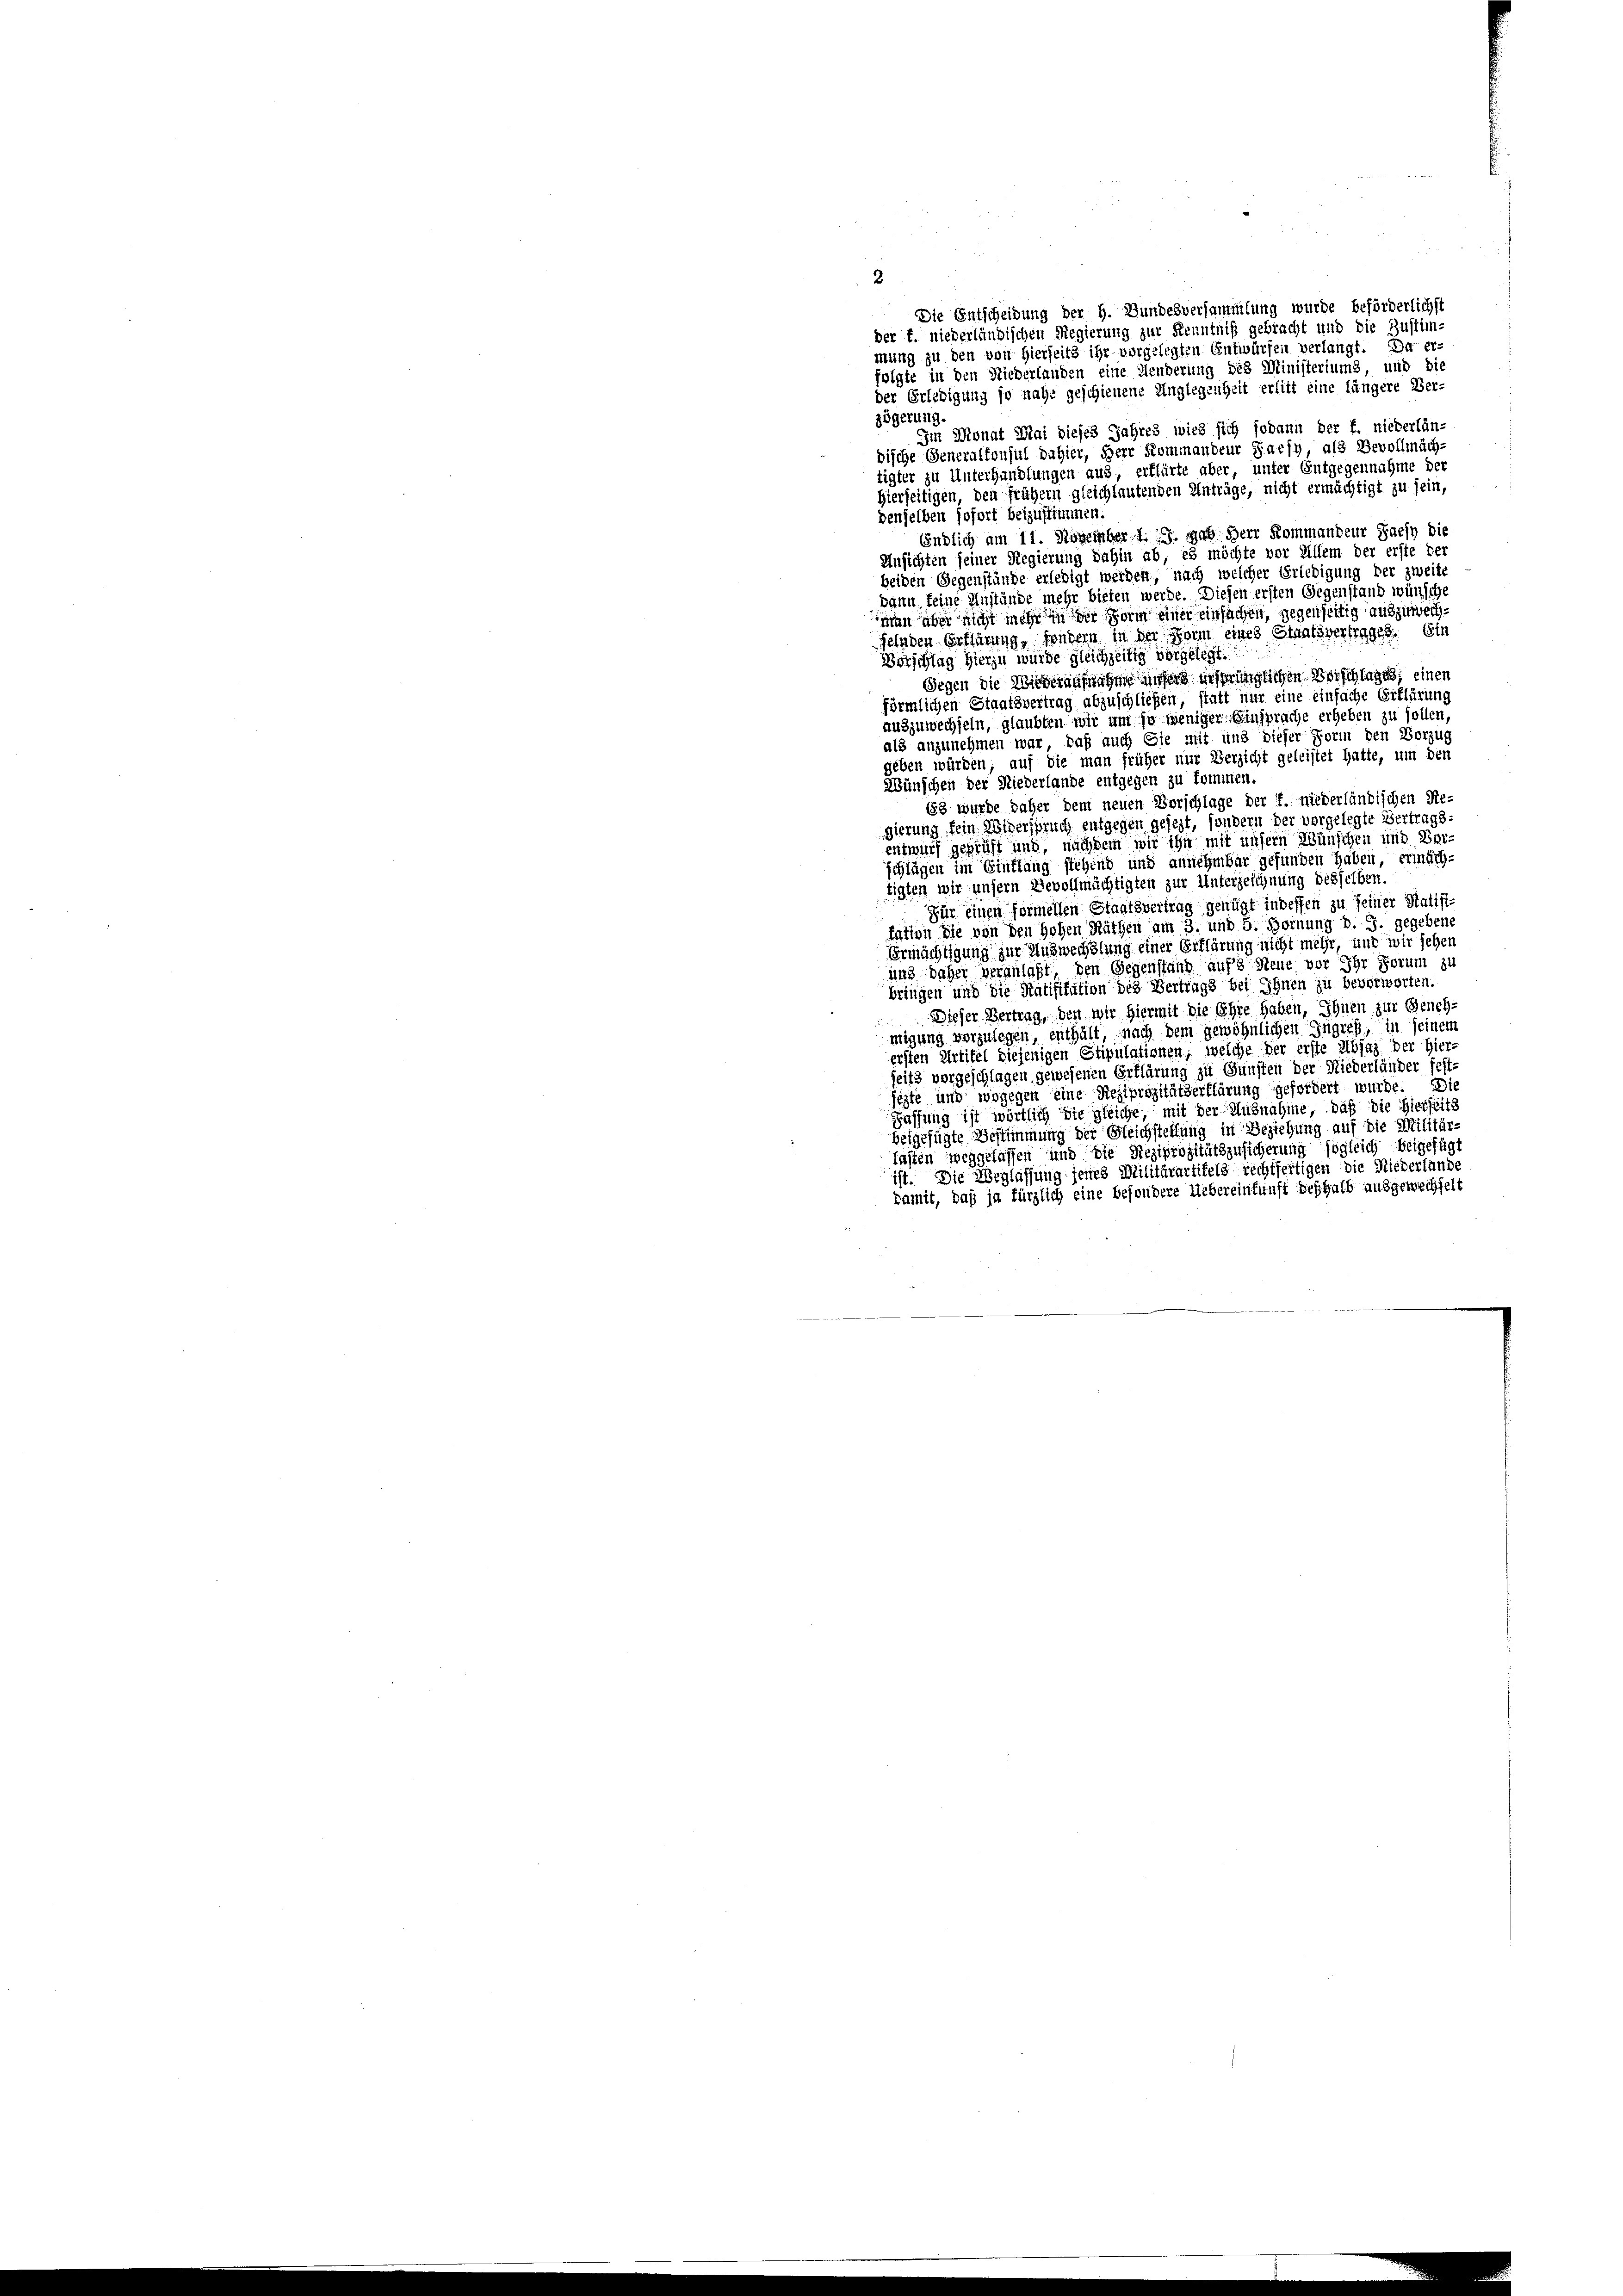
2
Die Entscheidung der H. Bundesversammlung wurde beförderlichst
der f. niederländischen Regierung zur Kenntniß gebracht und die Zustim-
mung zu den von Hierseits ihr vorgelegten Entwürfen verlangt. Du er-
folgte in den Niederlanden eine Menderung des Ministeriums, und die
der Erledigung so nahe geschienene Unglegenheit erlitt eine längere Ver-
zögerung.
Im Monat Mai dieses Jahres wied sich sodann der f. niederländische Generalkonsul dahier, Herr Kommandeur Jaesy, als Bevollmäch-
tigter zu Unterhandlungen aus, erklärte aber, unter Entgegennahme der
Hierseitigen, den früher gleichlautenden Anträge, nicht ermächtigt zu sein,
denselben sofort beizustimmen:
Endlich am 11. November d. 19. gab. Herr Kommandeur Jaefy die
Ansichten seiner Regierung dahin ab, es möchte vor Allem der erste der
beiden Gegenstände erledigt werden, nach welcher Erledigung der zweite
dann keine Anstände mehr bieten werde. Diesen ersten Gegenstand wünscht
man aber nicht mehr in der vor einer einfachen, gegenseitig auszuwechselnden Erklärung, sondern in der Form eines Staatsvertrages Ein
Borschlag hierzu wurde gleichzeitig vorgelegt.
Gegen die Wiederaufnahme unsers insprünglichen Vorschlages, einen
förmlichen Staatsvertrag abzuschließen, statt nur eine einfache Erklärung
auszuwechseln, glaubten wir um so weniger Einsprache erheben zu sollen,
als anzunehmen war, daß auch Sie mit und dieser Form den Vorzug
geben würden; auf die man früher nur Verzicht geleistet hatte, um den
Wünschen der Niederlande entgegen zu kommen.
68 wurde daher dem neuen Vorschlage der f. niederländischen Re-
gierung fein Widerspruch entgegen gelegt, sondern der vorgelegte Vertragsentwurf geprüft und, nachdem wir ihn mit unsern Wünschen und Verschlägen im Einflang stehend und annehmbar gefunden haben, ermäch-
tigten wir unsern Bevollmächtigten zur Unterzeichnung desselben.
Für einen formellen Staatsvertrag genügt indessen zu seiner Statist
fation die von den Hohen Räthen am 3. und 5. Hornung d. J. gegebene
Ermächtigung zur Auswechslung einer Erklärung nicht mehr, und wir sehen
und daher veranlaßt, den Gegenstand aufs Neue vor Ihr Forum zu
bringen und die Ratifikation des Vertrags bei Ihnen zu bevorworten.
Dieser Vertrag, den wir hiermit die Ehre haben, Ihnen zur Geneh
migung vorzulegen, enthält, nach dem gewöhnlichen Ingreß, in seinem
ersten Artitel diejenigen Stipulationen, welche der erste Abjaz der Hier
seits vorgeschlagen gewesenen Erklärung zu Gunsten der Niederländer fest-
hegte und wogegen eine Reziprozitätserklärung gefordert wurde. Die
Fassung ist wörtlich die gleiche, mit der Ausnahme, daß die Hierseits
beigefügte Bestimmung der Steichstellung in Beziehung auf die Militär-
Tasten weggelassen und die Reziprozitätszusicherung sogleich beigefügt
ist. Die Weglassung jenes Militärartifels rechtfertigen die Niederlände
kamit, daß ja fürzlich eine besondere Uebereinkunft deshalb ausgewechselt